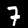
Label: 7